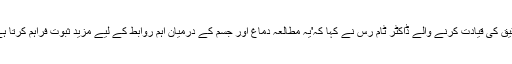
تحقیق کی قیادت کرنے والے ڈاکٹر ٹام رس نے کہا کہ'یہ مطالعہ دماغ اور جسم کے درمیان اہم روابط کے لیے مزید ثبوت فراہم کرتا ہے'۔